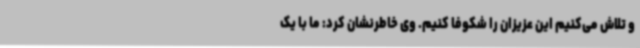
و تلاش می‌کنیم این عزیزان را شکوفا کنیم. وی خاطرنشان کرد: ما با یک